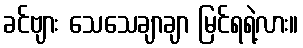
ခင်ဗျား သေသေချာချာ မြင်ရရဲ့လား။